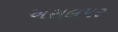
અસલપર